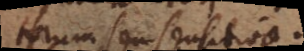
torum seu sensitiva.